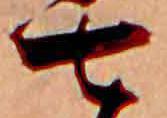
七